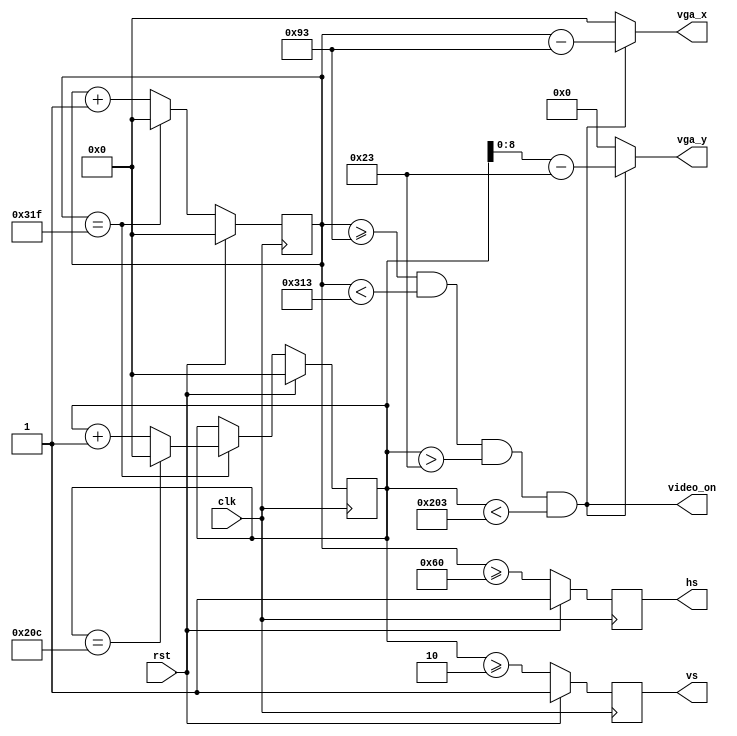
`timescale 1ns / 1ps
//////////////////////////////////////////////////////////////////////////////////
// Company: 
// Engineer: 
// 
// Design Name: 
// Module Name: VgaController
// Project Name: 
// Target Devices: 
// Tool Versions: 
// Description: 
// 
// Dependencies: 
// 
// Revision:
// Revision 0.01 - File Created
// Additional Comments:
// 
//////////////////////////////////////////////////////////////////////////////////


module VgaController(
    input wire clk,
    input wire rst,
    output wire [9:0] vga_x,
    output wire [8:0] vga_y,
    output reg hs,
    output reg vs,
    output wire video_on
);
    
    reg [9:0] h_count;
    reg [9:0] v_count;

    initial begin
        h_count <= 10'b0;
        v_count <= 10'b0;
    end

    always @(posedge clk) begin
        if (rst) begin
            h_count <= 10'b0;
        end else if (h_count == 10'd799) begin
            h_count <= 10'b0;
        end else begin
            h_count <= h_count + 1;
        end
    end
    always @(posedge clk) begin
        if (rst) begin
            v_count <= 10'b0;
        end else if (h_count == 10'd799) begin
            if (v_count == 10'd524) begin
                v_count <= 10'b0;
            end else begin
                v_count <= v_count + 1;
            end
        end
    end

    localparam HS_1 = 96;
    localparam VS_1 = 2;
    localparam HS_2 = 147;
    localparam VS_2 = 35;
    localparam WIDTH = 640;
    localparam HEIGHT = 480;

    wire h_sync, v_sync;
    assign h_sync = (h_count >= HS_1);
    assign v_sync = (v_count >= VS_1);
    assign video_on = (h_count >= HS_2)
                   && (h_count < HS_2 + WIDTH)
                   && (v_count > VS_2)
                   && (v_count < VS_2 + HEIGHT);

    assign vga_x = video_on ? h_count - HS_2 : 10'd0;
    assign vga_y = video_on ? v_count - VS_2 : 9'd0;
    
    always @(posedge clk) begin
        if (rst) begin
            hs <= 1;
            vs <= 1;
        end else begin
            hs <= h_sync;
            vs <= v_sync;
        end
    end

endmodule